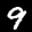
Label: 9